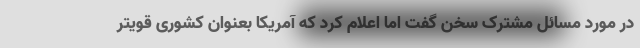
در مورد مسائل مشترک سخن گفت اما اعلام کرد که آمریکا بعنوان کشوری قویتر